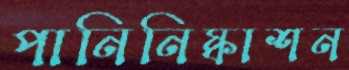
পানিনিষ্কাশন